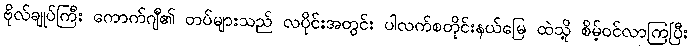
ဗိုလ်ချုပ်ကြီး ကောက်ဂျီ၏ တပ်များသည် လပိုင်းအတွင်း ပါလက်စတိုင်းနယ်မြေ ထဲသို့ စိမ့်ဝင်လာကြပြီး